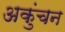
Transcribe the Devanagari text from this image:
अकुंचन